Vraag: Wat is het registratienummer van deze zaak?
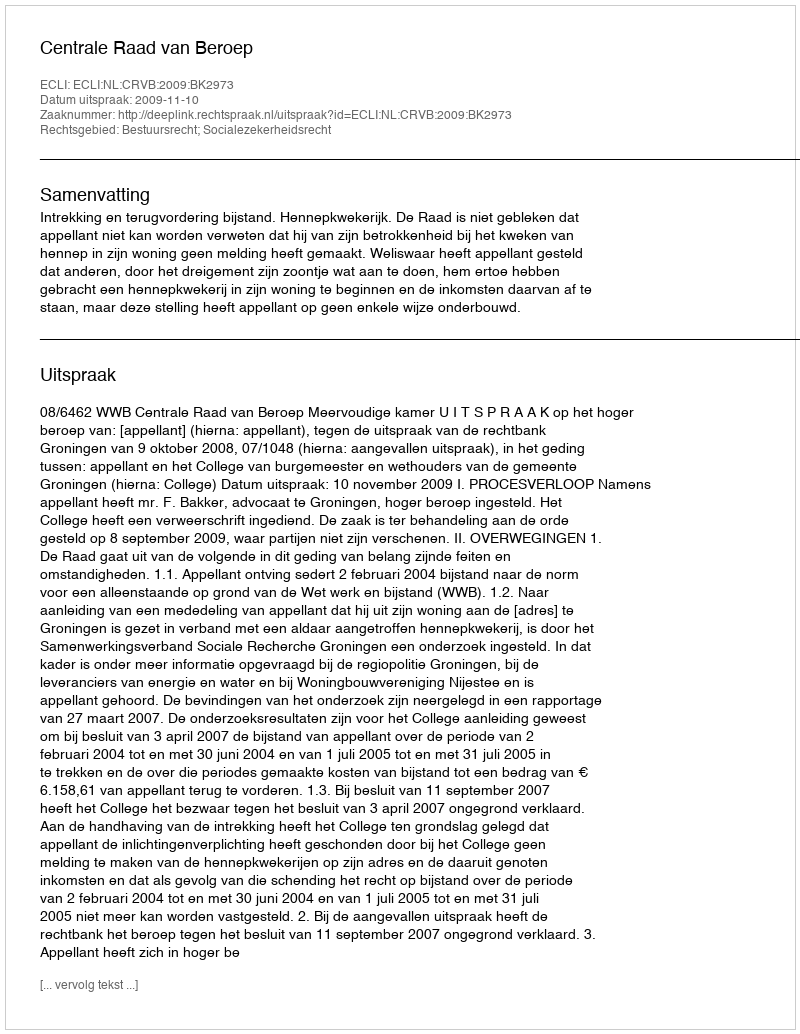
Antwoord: http://deeplink.rechtspraak.nl/uitspraak?id=ECLI:NL:CRVB:2009:BK2973